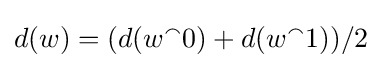
d(w)=(d(w^{\smallfrown }0)+d(w^{\smallfrown }1))/2